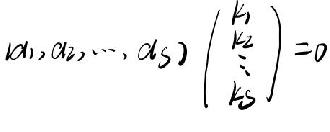
\((\alpha_1,\alpha_2,\cdots,\alpha_5)\begin{pmatrix}k_1\\k_2\\\vdots\\k_5\end{pmatrix}=0\)